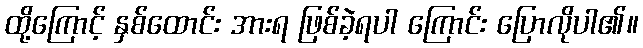
ထို့ကြောင့် နှစ်ထောင်း အားရ ဖြစ်ခဲ့ရပါ ကြောင်း ပြောလိုပါ၏။